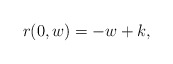
\begin{align*} r(0,w)=-w+k,\end{align*}